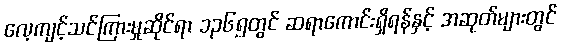
လေ့ကျင့်သင်ကြားမှုဆိုင်ရာ ၁၃၆၅တွင် ဆရာကောင်းရှိရန်နှင့် အဆုတ်များတွင်